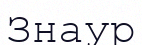
Знаур